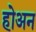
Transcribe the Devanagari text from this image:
होअन